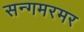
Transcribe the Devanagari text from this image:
सन्गमरमर